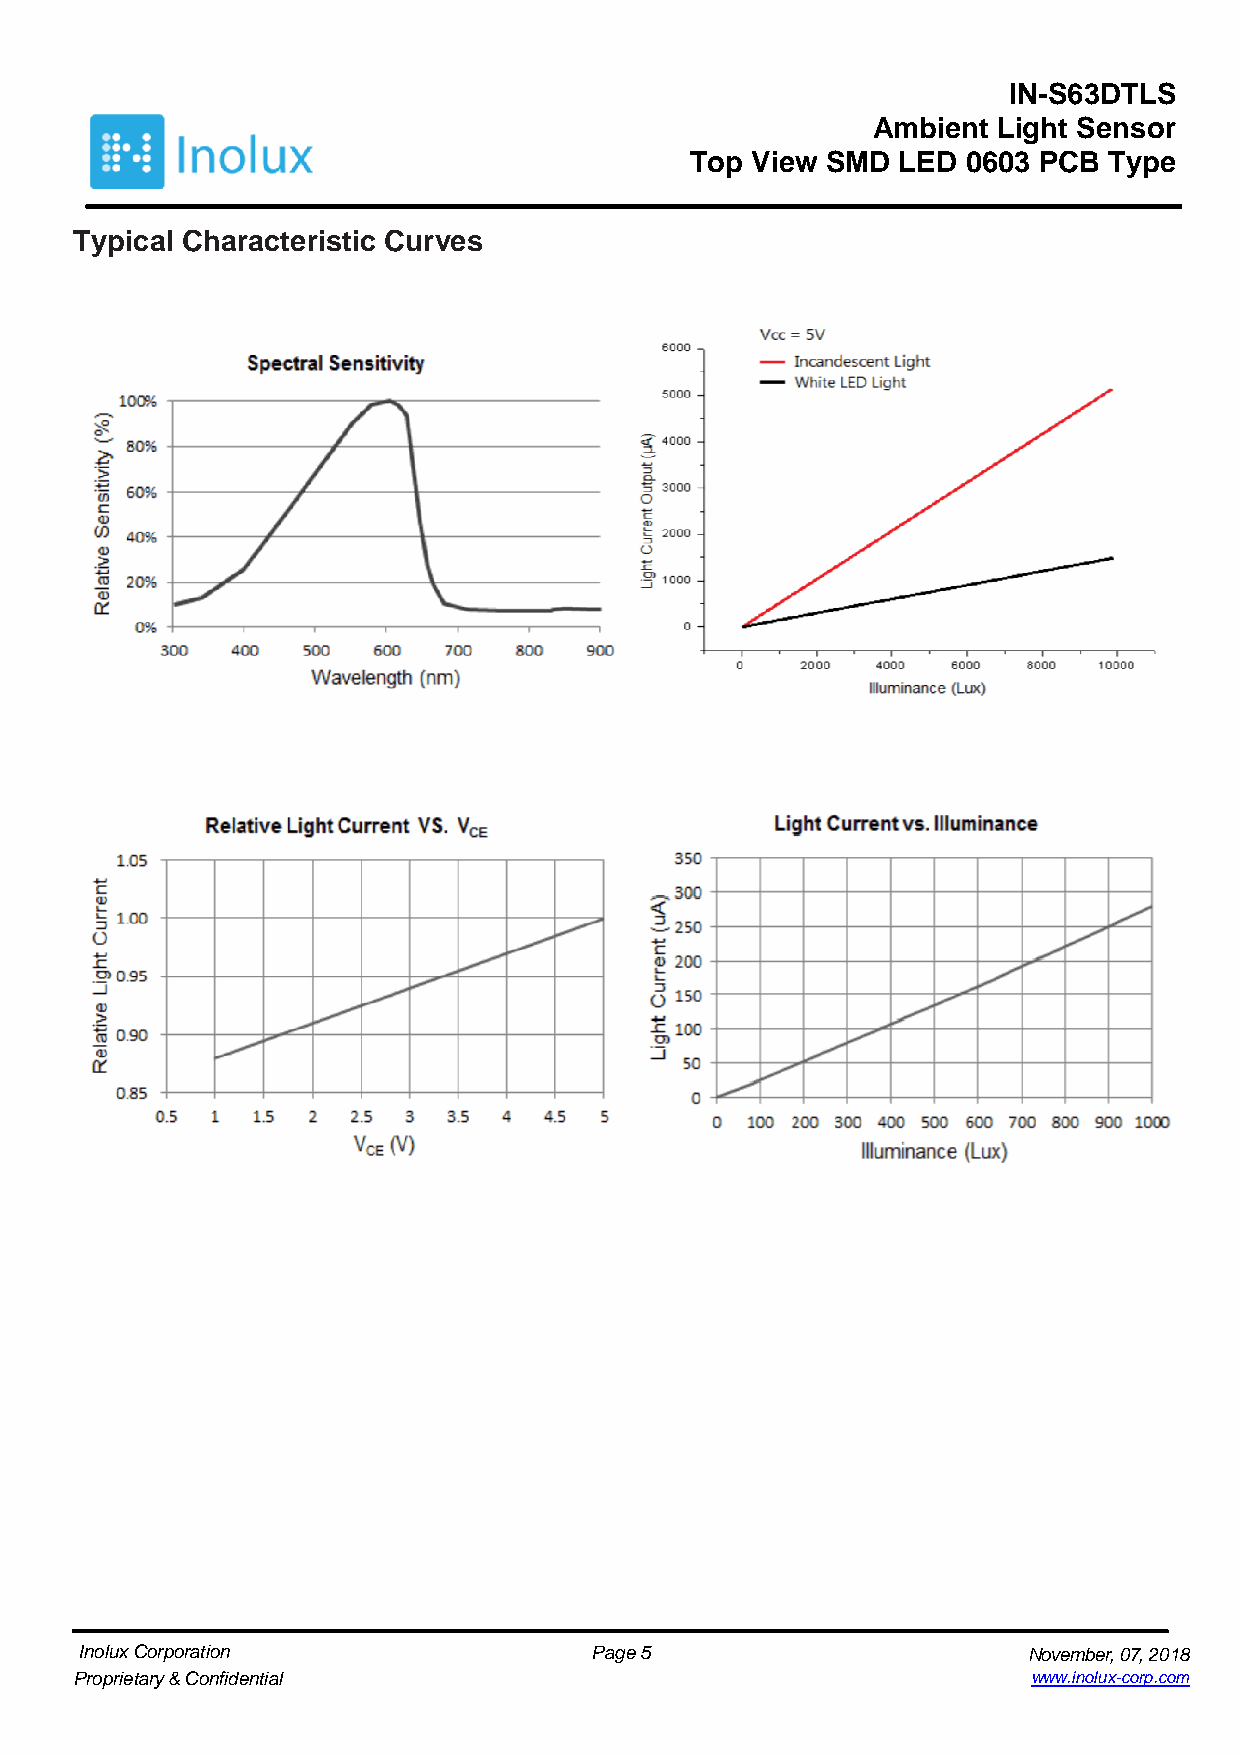
IN-S63DTLS
 Ambient Light Sensor
 Top View SMD LED  0603 PCB Type
 Typical Characteristic Curves
 Inolux Corporation                Page 5                       November, 07, 2018
 Proprietary & Confidential                                     www.inolux-corp.com